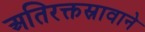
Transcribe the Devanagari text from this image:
अतिरक्तस्रावाने